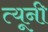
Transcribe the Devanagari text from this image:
त्‍यूनी